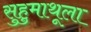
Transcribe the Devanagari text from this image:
सुहुमाथूला